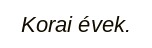
Korai évek.